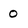
Character: 0